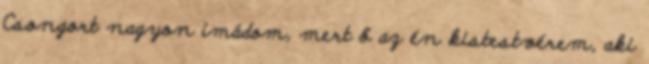
Csongort nagyon imádom, mert ő az én kistestvérem, aki